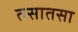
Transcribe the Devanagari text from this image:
तसातसा